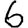
Digit: 6